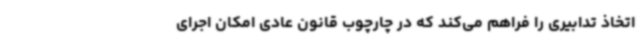
اتخاذ تدابیری را فراهم می‌کند که در چارچوب قانون عادی امکان اجرای